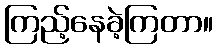
ကြည့်နေခဲ့ကြတာ။